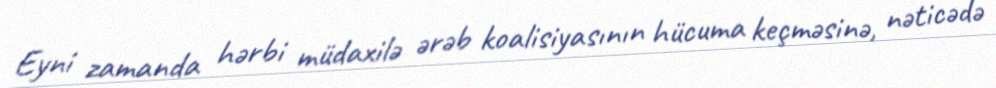
Eyni zamanda hərbi müdaxilə ərəb koalisiyasının hücuma keçməsinə, nəticədə